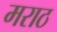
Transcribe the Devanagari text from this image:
मराठ